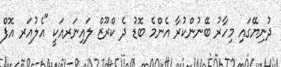
ދުނިޔޭގައި މިހާރު ބޭނުންކުރާ އެންމެ ބޮޑު ދެ ކްރޫޒް ލައިނަރއަކީ "އެލުއަރ އޮފް